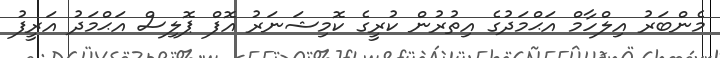
މެންބަރު އިލްހާމް އަޙްމަދުގެ އިތުރުން ކުރީގެ ކޮމިޝަނަރު އޮފް ޕޮލިސް އަޙްމަދު އަރީފު